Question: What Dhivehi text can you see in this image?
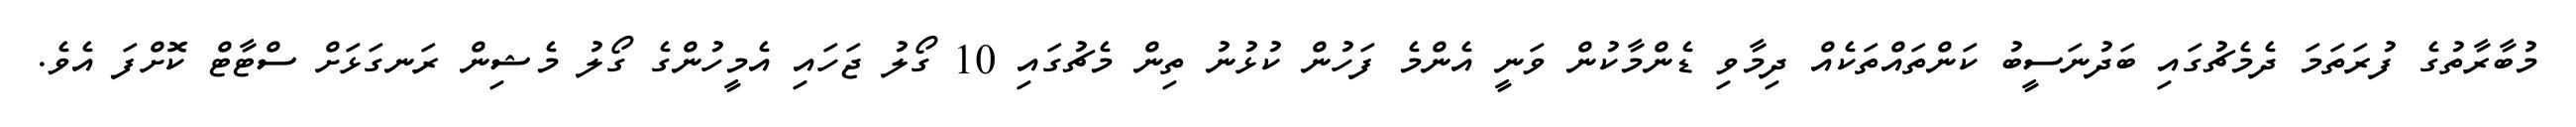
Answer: މުބާރާތުގެ ފުރަތަމަ ދެމެޗުގައި ބަދުނަސީބު ކަންތައްތަކެއް ދިމާވި ޑެންމާކުން ވަނީ އެންމެ ފަހުން ކުޅުނު ތިން މެޗުގައި 10 ގޯލު ޖަހައި އެމީހުންގެ ގޯލު މެޝިން ރަނގަޅަށް ސްޓާޓް ކޮށްފަ އެވެ.